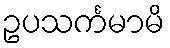
ဥပသင်္ကမာမိ